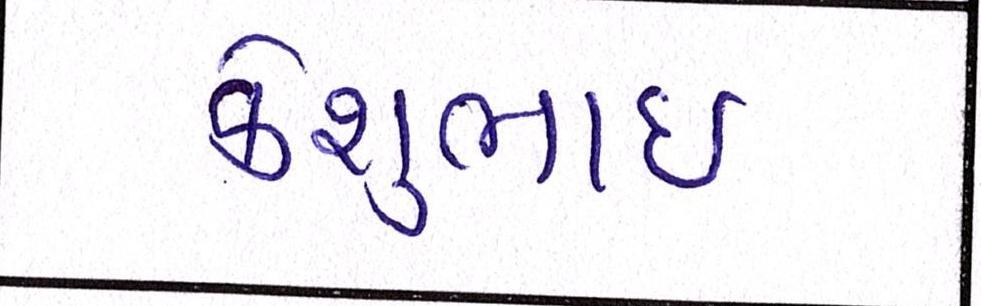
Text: કેશુભાઈ